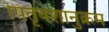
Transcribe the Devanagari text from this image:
पितृवंशानुक्रम